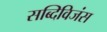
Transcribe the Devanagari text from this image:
सब्दिविजंस